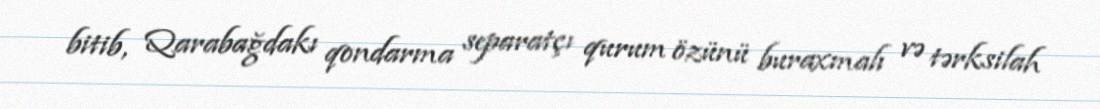
bitib, Qarabağdakı qondarma separatçı qurum özünü buraxmalı və tərksilah